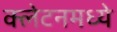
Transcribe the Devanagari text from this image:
क्लेटनमध्ये